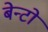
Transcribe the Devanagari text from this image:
बेन्टो